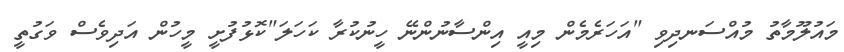
މައުލޫމާތު މުއްސަނދިވި "އަހަރެމެން މިއީ އިންސާނުންނޭ ހީނުކުރާ ކަހަލަ"ކޮޅުފުށީ މީހުން އަދިވެސް ވަގުތީ